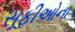
સૂફીઓના